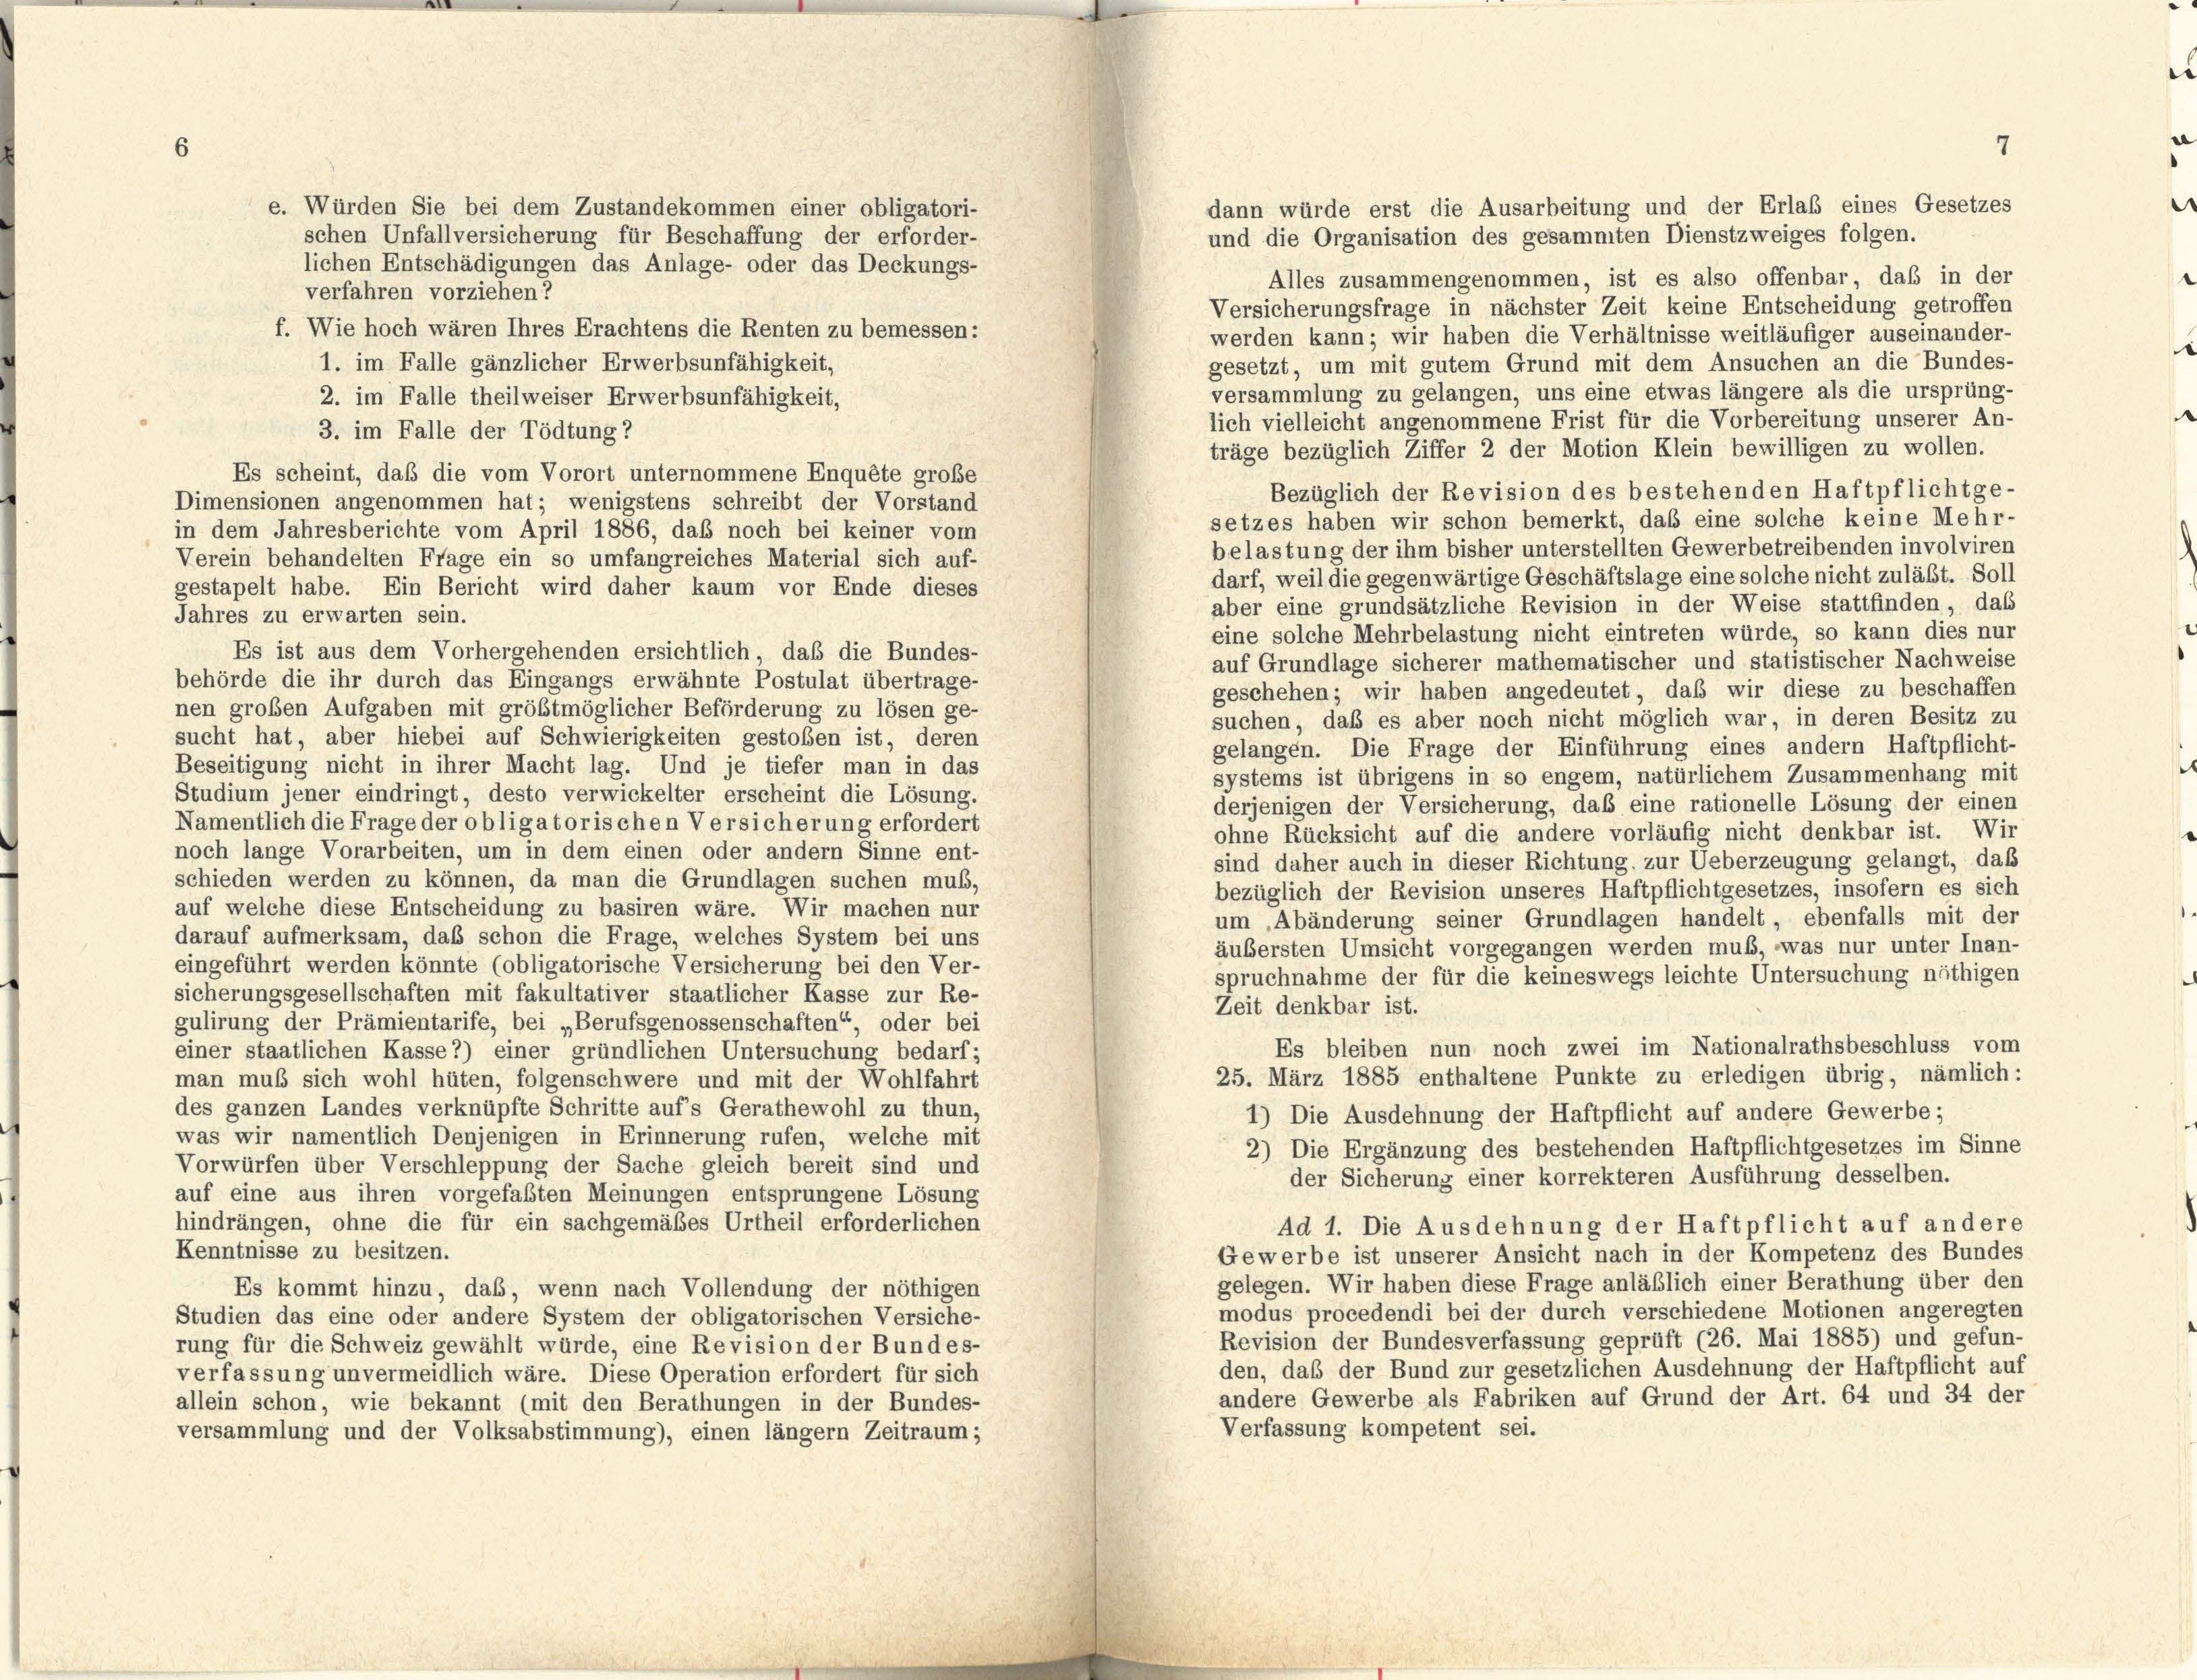
dann würde erst die Ausarbeitung und der Erlaß eines Gesetzes
und die Organisation des gesammten Dienstzweiges folgen.
lichen Entschädigungen das Anlage- oder das Deckungs-
Alles zusammengenommen, ist es also offenbar, daß in der
verfahren vorziehen?
Versicherungsfrage in nächster Zeit keine Entscheidung getroffen
f. Wie hoch wären Ihres Erachtens die Renten zu bemessen:
werden kann; wir haben die Verhältnisse weitläufiger auseinander-
1. im Falle gänzlicher Erwerbsunfähigkeit,
gesetzt, um mit gutem Grund mit dem Ansuchen an die Bundes-
versammlung zu gelangen, uns eine etwas längere als die ursprüng-
2. im Falle theilweiser Erwerbsunfähigkeit,
lich vielleicht angenommene Frist für die Vorbereitung unserer An-
3. im Falle der Tödtung?
träge bezüglich Ziffer 2 der Motion Klein bewilligen zu wollen.
Es scheint, daß die vom Vorort unternommene Enquête große
Bezüglich der Revision des bestehenden Haftpflichtge-
Dimensionen angenommen hat; wenigstens schreibt der Vorstand
setzes haben wir schon bemerkt, daß eine solche keine Mehr-
in dem Jahresberichte vom April 1886, das noch bei keiner vom
belastung der ihm bisher unterstellten Gewerbetreibenden involviren
Verein behandelten Frage ein so umfangreiches Material sich auf-
darf, weil die gegenwärtige Geschäftslage eine solche nicht zuläßt. Soll
gestapelt habe. Ein Bericht wird daher kaum vor Ende dieses
aber eine grundsätzliche Revision in der Weise stattfinden, das
Jahres zu erwarten sein.
eine solche Mehrbelastung nicht eintreten würde, so kann dies nur
Es ist aus dem Vorhergehenden ersichtlich, daß die Bundes-
auf Grundlage sicherer mathematischer und statistischer Nachweise
behörde die ihr durch das Eingangs erwähnte Postulat übertrage-
geschehen; wir haben angedeutet, daß wir diese zu beschaffen
nen großen Aufgaben mit größtmöglicher Beförderung zu lösen ge-
suchen, daß es aber noch nicht möglich war, in deren Besitz zu
sucht hat, aber hiebei auf Schwierigkeiten gestoßen ist, deren
gelangen. Die Frage der Einführung eines andern Haftpflicht-
Beseitigung nicht in ihrer Macht lag. Und je tiefer man in das
systems ist übrigens in so engem, natürlichem Zusammenhang mit
Studium jener eindringt, desto verwickelter erscheint die Lösung.
derjenigen der Versicherung, daß eine rationelle Lösung der einen
Namentlich die Frage der obligatorischen Versicherung erfordert
ohne Rücksicht auf die andere vorläufig nicht denkbar ist. Wir
noch lange Vorarbeiten, um in dem einen oder andern Sinne ent-
sind daher auch in dieser Richtung zur Ueberzeugung gelangt, daß
schieden werden zu können, da man die Grundlagen suchen muß,
bezüglich der Revision unseres Haftpflichtgesetzes, insofern es sich
auf welche diese Entscheidung zu basiren wäre. Wir machen nur
um Abänderung seiner Grundlagen handelt, ebenfalls mit der
darauf aufmerksam, daß schon die Frage, welches System bei uns
äußersten Umsicht vorgegangen werden muß, was nur unter Inan-
eingeführt werden könnte (obligatorische Versicherung bei den Ver-
spruchnahme der für die keineswegs leichte Untersuchung nöthigen
sicherungsgesellschaften mit fakultativer staatlicher Kasse zur Re-
Zeit denkbar ist.
gulirung der Prämientarife, bei „Berufsgenossenschaften“, oder bei
Es bleiben nun noch zwei im Nationalrathsbeschluss vom
einer staatlichen Kasse 2) einer gründlichen Untersuchung bedarf;
25. März 1885 enthaltene Punkte zu erledigen übrig, nämlich:
man muß sich wohl hüten, folgenschwere und mit der Wohlfahrt
des ganzen Landes verknüpfte Schritte auf’s Gerathewohl zu thun,
1) Die Ausdehnung der Haftpflicht auf andere Gewerbe;
was wir namentlich Denjenigen in Erinnerung rufen, welche mit
2) Die Ergänzung des bestehenden Haftpflichtgesetzes im Sinne
Vorwürfen über Verschleppung der Sache gleich bereit sind und
der Sicherung einer korrekteren Ausführung desselben.
auf eine aus ihren vorgefaßten Meinungen entsprungene Lösung
hindrängen, ohne die für ein sachgemäßes Urtheil erforderlichen
Ad 1. Die Ausdehnung der Haftpflicht auf andere
Kenntnisse zu besitzen.
Gewerbe ist unserer Ansicht nach in der Kompetenz des Bundes
gelegen. Wir haben diese Frage anläßlich einer Berathung über den
Es kommt hinzu, das, wenn nach Vollendung der nöthigen
modus procedendi bei der durch verschiedene Motionen angeregten
Studien das eine oder andere System der obligatorischen Versiche-
Revision der Bundesverfassung geprüft (26. Mai 1885) und gefun-
rung für die Schweiz gewählt würde, eine Revision der Bundes-
den, daß der Bund zur gesetzlichen Ausdehnung der Haftpflicht auf
verfassung unvermeidlich wäre. Diese Operation erfordert für sich
andere Gewerbe als Fabriken auf Grund der Art. 64 und 34 der
allein schon, wie bekannt (mit den Berathungen in der Bundes-
Verfassung kompetent sei.
versammlung und der Volksabstimmung), einen länger Zeitraum;

e. Würden Sie bei dem Zustandekommen einer obligatori-
schen Unfallversicherung für Beschaffung der erforder-

7